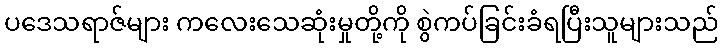
ပဒေသရာဇ်များ ကလေးသေဆုံးမှုတို့ကို စွဲကပ်ခြင်းခံရပြီးသူများသည်